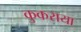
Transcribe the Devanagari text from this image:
कुकराया